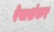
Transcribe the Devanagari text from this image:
रेवाशंकर